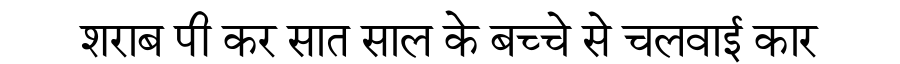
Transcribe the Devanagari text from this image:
शराब पी कर सात साल के बच्चे से चलवाई कार